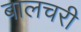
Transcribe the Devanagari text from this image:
बालचरी